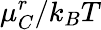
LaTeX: \mu_{C}^{r}/k_{B}T